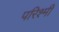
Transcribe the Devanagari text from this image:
परिश्मी